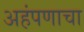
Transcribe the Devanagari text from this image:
अहंपणाचा